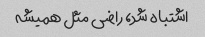
اشتباه شد، راضی مثل همیشه